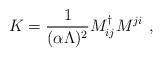
LaTeX: \begin{align*}K = {1 \over {(\alpha \Lambda)^2}} M^{\dag}_{ij} M^{ji} \ ,\end{align*}